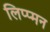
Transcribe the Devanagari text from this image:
लिप्प्मन